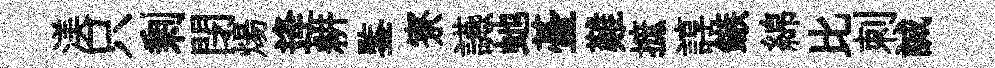
渼只剰閉煬逄耕鍳寮讌虵䑓難摭諄鏃綿比刺誠